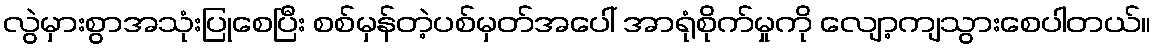
လွဲမှားစွာအသုံးပြုစေပြီး စစ်မှန်တဲ့ပစ်မှတ်အပေါ် အာရုံစိုက်မှုကို လျော့ကျသွားစေပါတယ်။